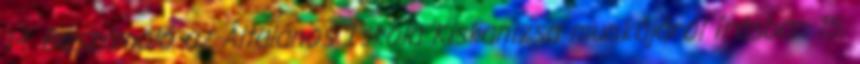
14. Beszámoló az Általános Iskola Kiskanizsa munkájáról írásban 15.